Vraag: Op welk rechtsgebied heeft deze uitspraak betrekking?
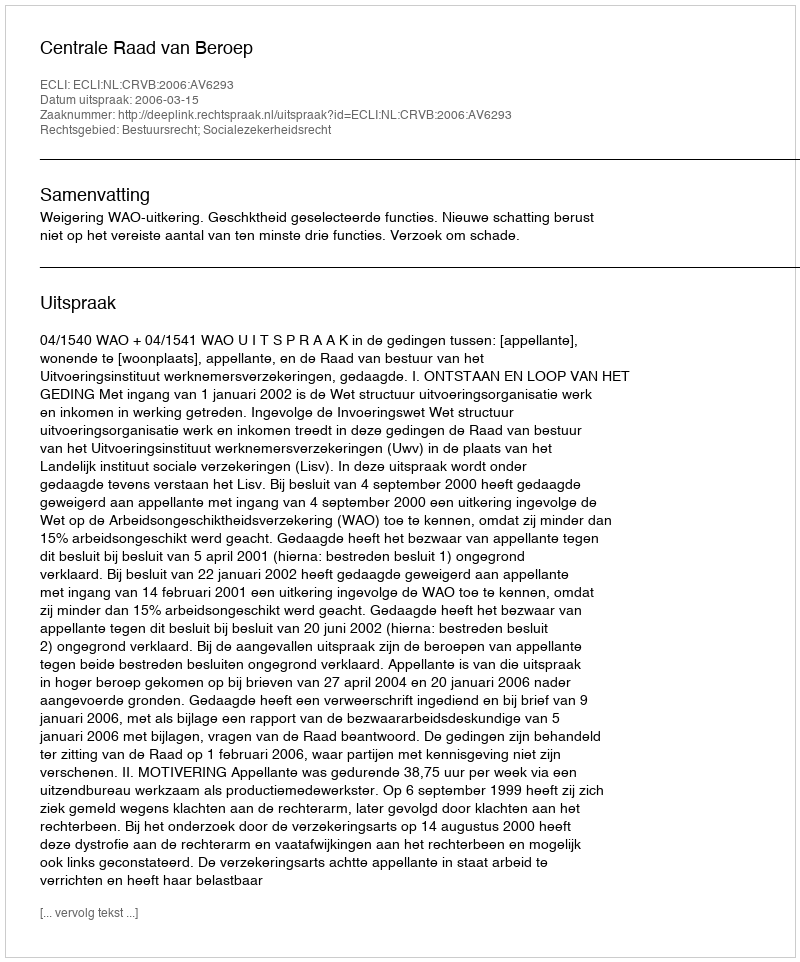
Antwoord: Bestuursrecht; Socialezekerheidsrecht